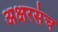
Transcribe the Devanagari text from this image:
अक्षरसंच